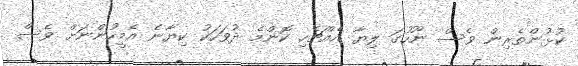
ކުޅުންތެރިން ވެސް ނޫހުގަ ލިޔާ އެއްޗެހި ކޮންމެ ދުވަހަކު ކިޔާނެ އެމީހުންނަށް ވެސް